Distribution and causation of leprosy in British India
Year: 1875
Disease focus: Leprosy
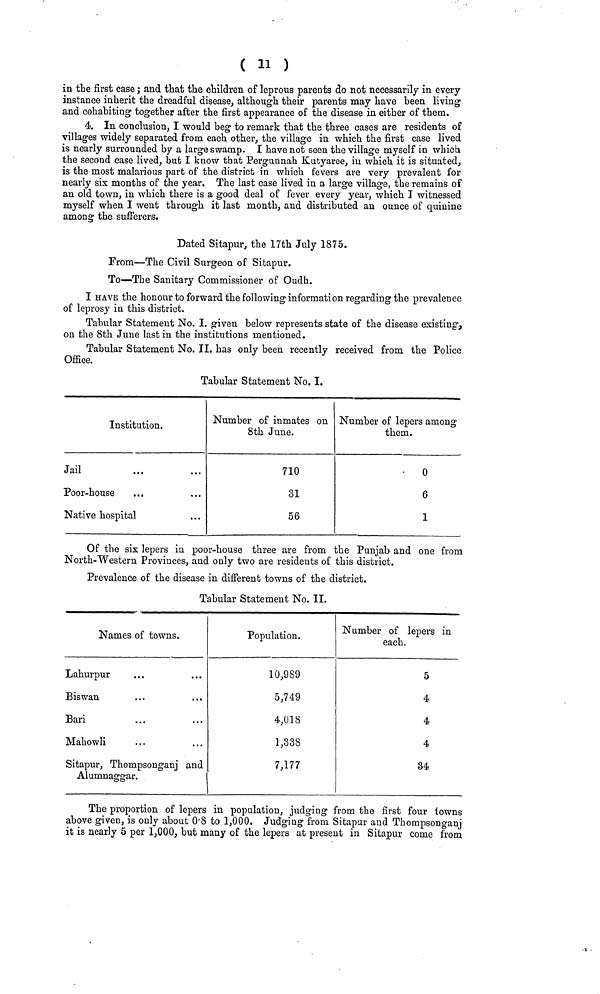
( 11 )
in the first case ; and that the children of leprous parents do not necessarily in every
instance inherit the dreadful disease, although their parents may have been living
and cohabiting together after the first appearance of the disease in either of them.
4. In conclusion, I would beg to remark that the three cases are residents of
villages widely separated from each other, the village in which the first case lived
is nearly surrounded by a large swamp. I have not seen the village myself in which
the second case lived, but I know that Pergunnah Kutyaree, in which it is situated,
is the most malarious part of the district in which fevers are very prevalent for
nearly six months of the year. The last case lived in a large village, the remains of
an old town, in which there is a good deal of fever every year, which I witnessed
myself when I went through it last month, and distributed an ounce of quinine
among the sufferers.
Dated Sitapur, the 17th July 1875.
From—The Civil Surgeon of Sitapur.
To—The Sanitary Commissioner of Oudh.
I HAVE the honour to forward the following informati on regarding the prevalence
of leprosy in this district.
Tabular Statement No. I. given below represents state of the disease existing,
on the 8th June last in the institutions mentioned.
Tabular Statement No. II. has only been recently received from the Police
Office.
Tabular Statement No. I.
Institution.
Jail
Poor-house
Native hospital
Number of inmates on
8th June.
710
31
56
Number of lepers among
them.
0
6
1
Of the six lepers in poor-house three are from the Punjab and one from
North-Western Provinces, and only two are residents of this district.
Prevalence of the disease in different towns of the district.
Tabular Statement No. II.
Names of towns.
Lahurpur
Biswan
Bari
Mahowli
Sitapur, Thompsonganj and
Alumuaggar.
Population.
10,989
5,749
4,018
1,338
7,177
Number of lepers in
each.
5
4
4
4
34
The proportion of lepers in population, judging from the first four towns
above given, is only about 0.8 to 1,000. Judging from Sitapur and Thompsonganj
it is nearly 5 per 1,000, but many of the lepers at present in Sitapur come from